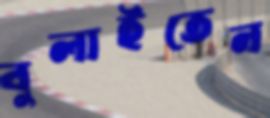
বুলাইতেন